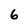
Character: 6